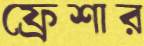
ফ্রেশার